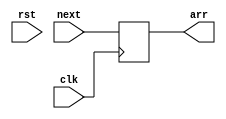
`timescale 1ns / 1ps
//////////////////////////////////////////////////////////////////////////////////
// Company: 
// Engineer: 
// 
// Design Name: 
// Module Name:    copy 
// Project Name: 
// Target Devices: 
// Tool versions: 
// Description: 
//
// Dependencies: 
//
// Revision: 
// Revision 0.01 - File Created
// Additional Comments: 
//
//////////////////////////////////////////////////////////////////////////////////
module copy(input clk, input[255:0] next,output reg [255:0]arr,input rst
    );
	 integer i,j,k;
always@(posedge clk) begin
for(i=0;i<256;i=i+1) begin
arr[i] <= next[i];
end
 end
endmodule